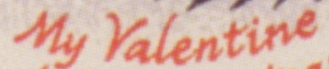
My Valentine